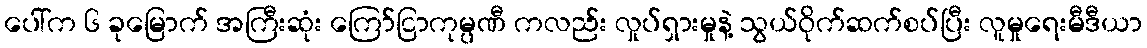
ပေါ်က ၆ ခုမြောက် အကြီးဆုံး ကြော်ငြာကုမ္ပဏီ ကလည်း လှုပ်ရှားမှုနဲ့ သွယ်ဝိုက်ဆက်စပ်ပြီး လူမှုရေးမီဒီယာ